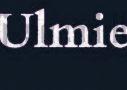
Ulmie